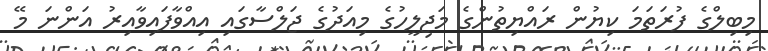
މިބިލްގެ ފުރަތަމަ ކިޔުން ރައްޔިތުންގެ މަޖިލީހުގެ މިއަދުގެ ޖަލްސާގައި އިއްވާފައިވާއިރު އަންނަ މޭ